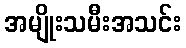
အမျိုးသမီးအသင်း